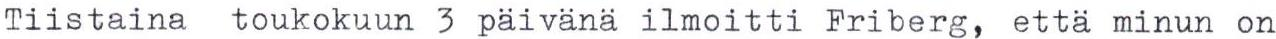
Tiistaina toukokuun 3 päivänä ilmoitti Friberg, että minun on